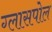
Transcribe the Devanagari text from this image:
ग्लासपोल